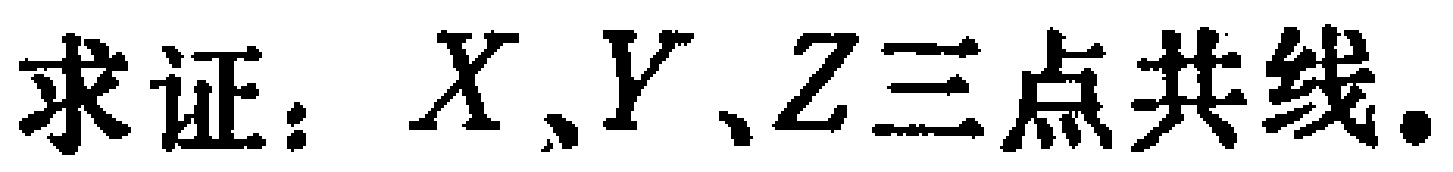
求证：\(X,Y,Z\)三点共线.